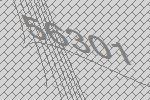
56301